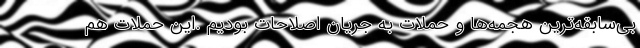
بی‌سابقه‌ترین هجمه‌ها و حملات به جریان اصلاحات بودیم .این حملات هم